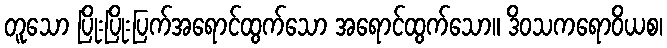
တူသော ပြိုးပြိုးပြက်အရောင်ထွက်သော အရောင်ထွက်သော။ ဒိဝသကရောဝိယစ၊